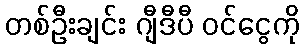
တစ်ဦးချင်း ဂျီဒီပီ ဝင်ငွေကို